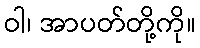
ဝါ၊ အာပတ်တို့ကို။